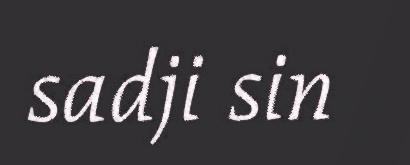
sadji sin